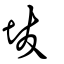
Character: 坺